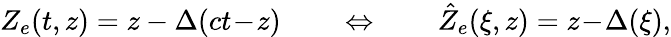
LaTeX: Z_{e}(t,z)=z-\Delta(ct\! -\! z)\qquad\Leftrightarrow\qquad\hat{Z}_{e}(\xi,z)=z\! -\! \Delta(\xi),